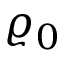
\varrho _ { 0 }